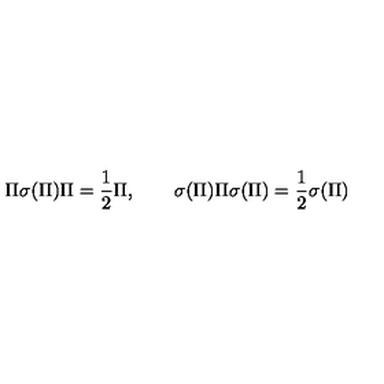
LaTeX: \Pi \sigma ( \Pi ) \Pi = \frac { 1 } { 2 } \Pi , \qquad \sigma ( \Pi ) \Pi \sigma ( \Pi ) = \frac { 1 } { 2 } \sigma ( \Pi )